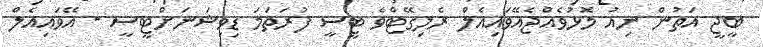
ބީޖީ އަތުން ނިއު މޮޅުވެއްޖެއޭވައިއެލް ރެލިގޭޓްވެ ޓީސީ ފުރަތަމަ ޑިވިޝަނަށްޓީސީ - އޭވައިއެލް